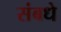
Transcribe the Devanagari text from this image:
संबधे